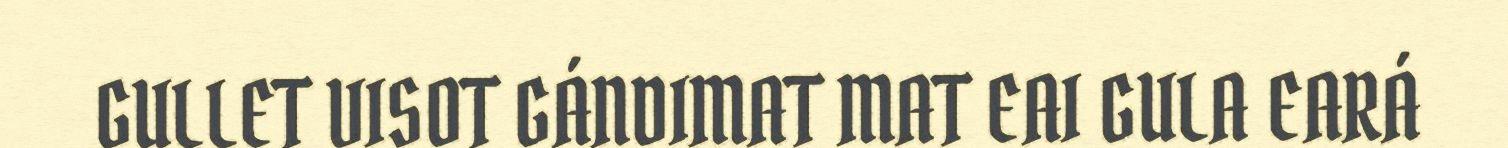
GULLET VISOT GÁNDIMAT MAT EAI GULA EARÁ